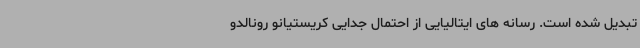
تبدیل شده است. رسانه های ایتالیایی از احتمال جدایی کریستیانو رونالدو